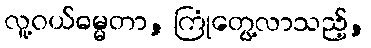
လူ့ဝယ်ဓမ္မတာ, ကြုံတွေ့လာသည့်,